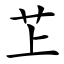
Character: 䒙